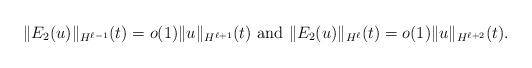
LaTeX: \begin{align*}\Vert E_2(u) \Vert_{H^{\ell-1}}(t)=o(1)\Vert u \Vert_{H^{\ell+1}}(t)\ \textup{and}\ \Vert E_2(u) \Vert_{H^{\ell}}(t)=o(1)\Vert u \Vert_{H^{\ell+2}}(t). \end{align*}